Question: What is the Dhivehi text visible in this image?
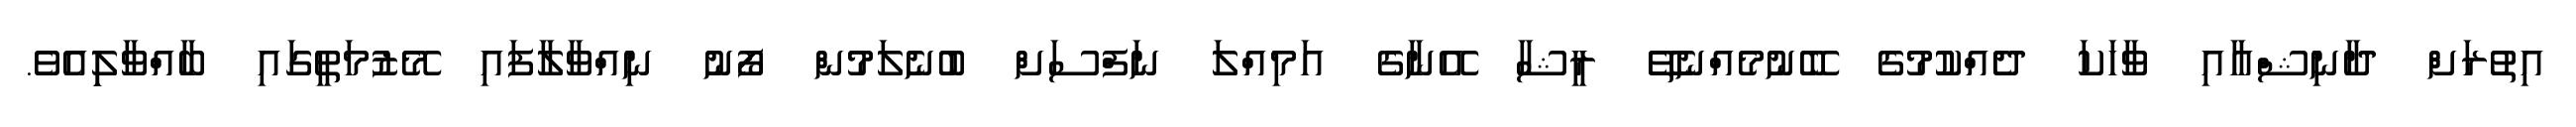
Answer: އިތުރަށް ދާނިޝްއާއި ވާހަކަ ދެއްކުުމުގެ ބޭނުމެއްނެތޭޭ ރީޝާ އޭނާގެ އަމިއްލަ ނަފްސަށް ބުނެލަމުން ފޯނު ނިއްވާލާފައި މޭޒުމަތީގައި ބާއްވާލިިއެވެ.